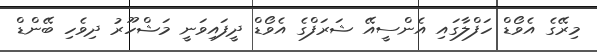
މިރޭގެ އެވޯޑް ހަފްލާގައި އެންސީއޭ ޝަރަފްގެ އެވޯޑް ދީފައިވަނީ މަޝްހޫރު ދިވެހި ބޭންޑް